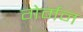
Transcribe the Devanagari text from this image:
गेर्मन